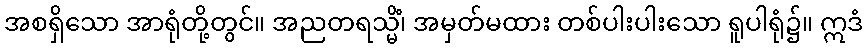
အစရှိသော အာရုံတို့တွင်။ အညတရသ္မိံ၊ အမှတ်မထား တစ်ပါးပါးသော ရူပါရုံ၌။ ဣဒံ